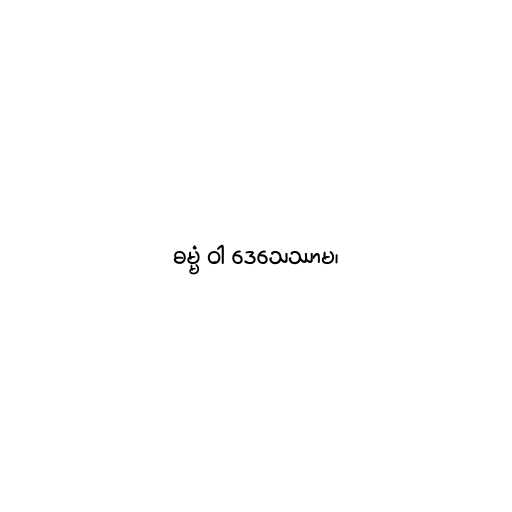
ဓမ္မံ ဝါ ဒေသေဿာမ၊